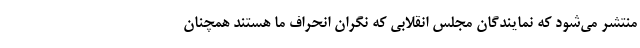
منتشر می‌شود که نمایندگان مجلس انقلابی که نگران انحراف ما هستند همچنان